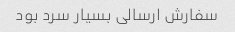
سفارش ارسالی بسیار سرد بود